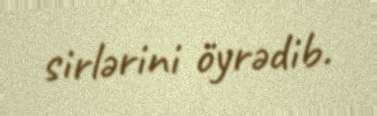
sirlərini öyrədib.